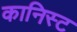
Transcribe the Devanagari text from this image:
कानिस्ट